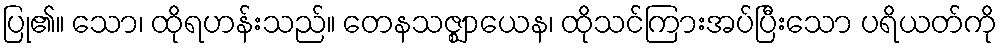
ပြု၏။ သော၊ ထိုရဟန်းသည်။ တေနသဇ္ဈာယေန၊ ထိုသင်ကြားအပ်ပြီးသော ပရိယတ်ကို